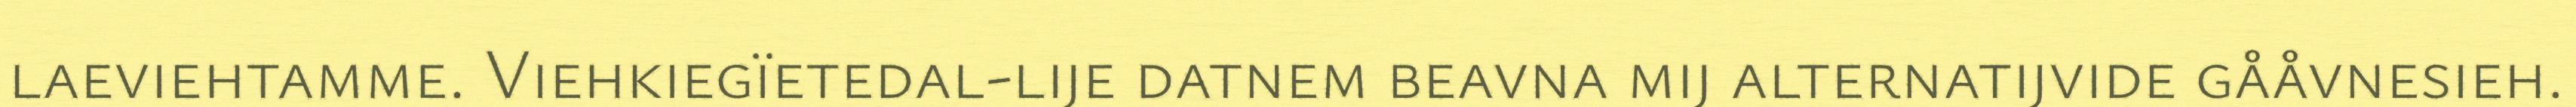
laeviehtamme. Viehkiegïetedal-lije datnem beavna mij alternatijvide gååvnesieh.